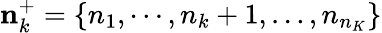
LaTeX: \mathbf{n}_{k}^{+}=\left\{ {{n}_{1}},\cdots,{{n}_{k}}+1,\ldots,{{n}_{{{n}_{K}}}}\right\}